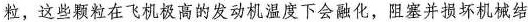
粒，这些颗粒在飞机极高的发动机温度下会融化，阻塞并损坏机械结